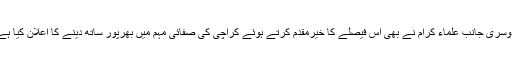
دوسری جانب علماء کرام نے بھی اس فیصلے کا خیرمقدم کرتے ہوئے کراچی کی صفائی مہم میں بھرپور ساتھ دینے کا اعلان کیا ہے۔